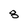
Character: 8